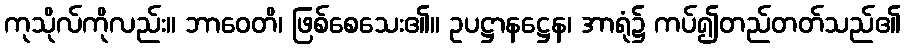
ကုသိုလ်ကိုလည်း။ ဘာဝေတိ၊ ဖြစ်စေသေး၏။ ဥပဋ္ဌာနဋ္ဌေန၊ အာရုံ၌ ကပ်၍တည်တတ်သည်၏